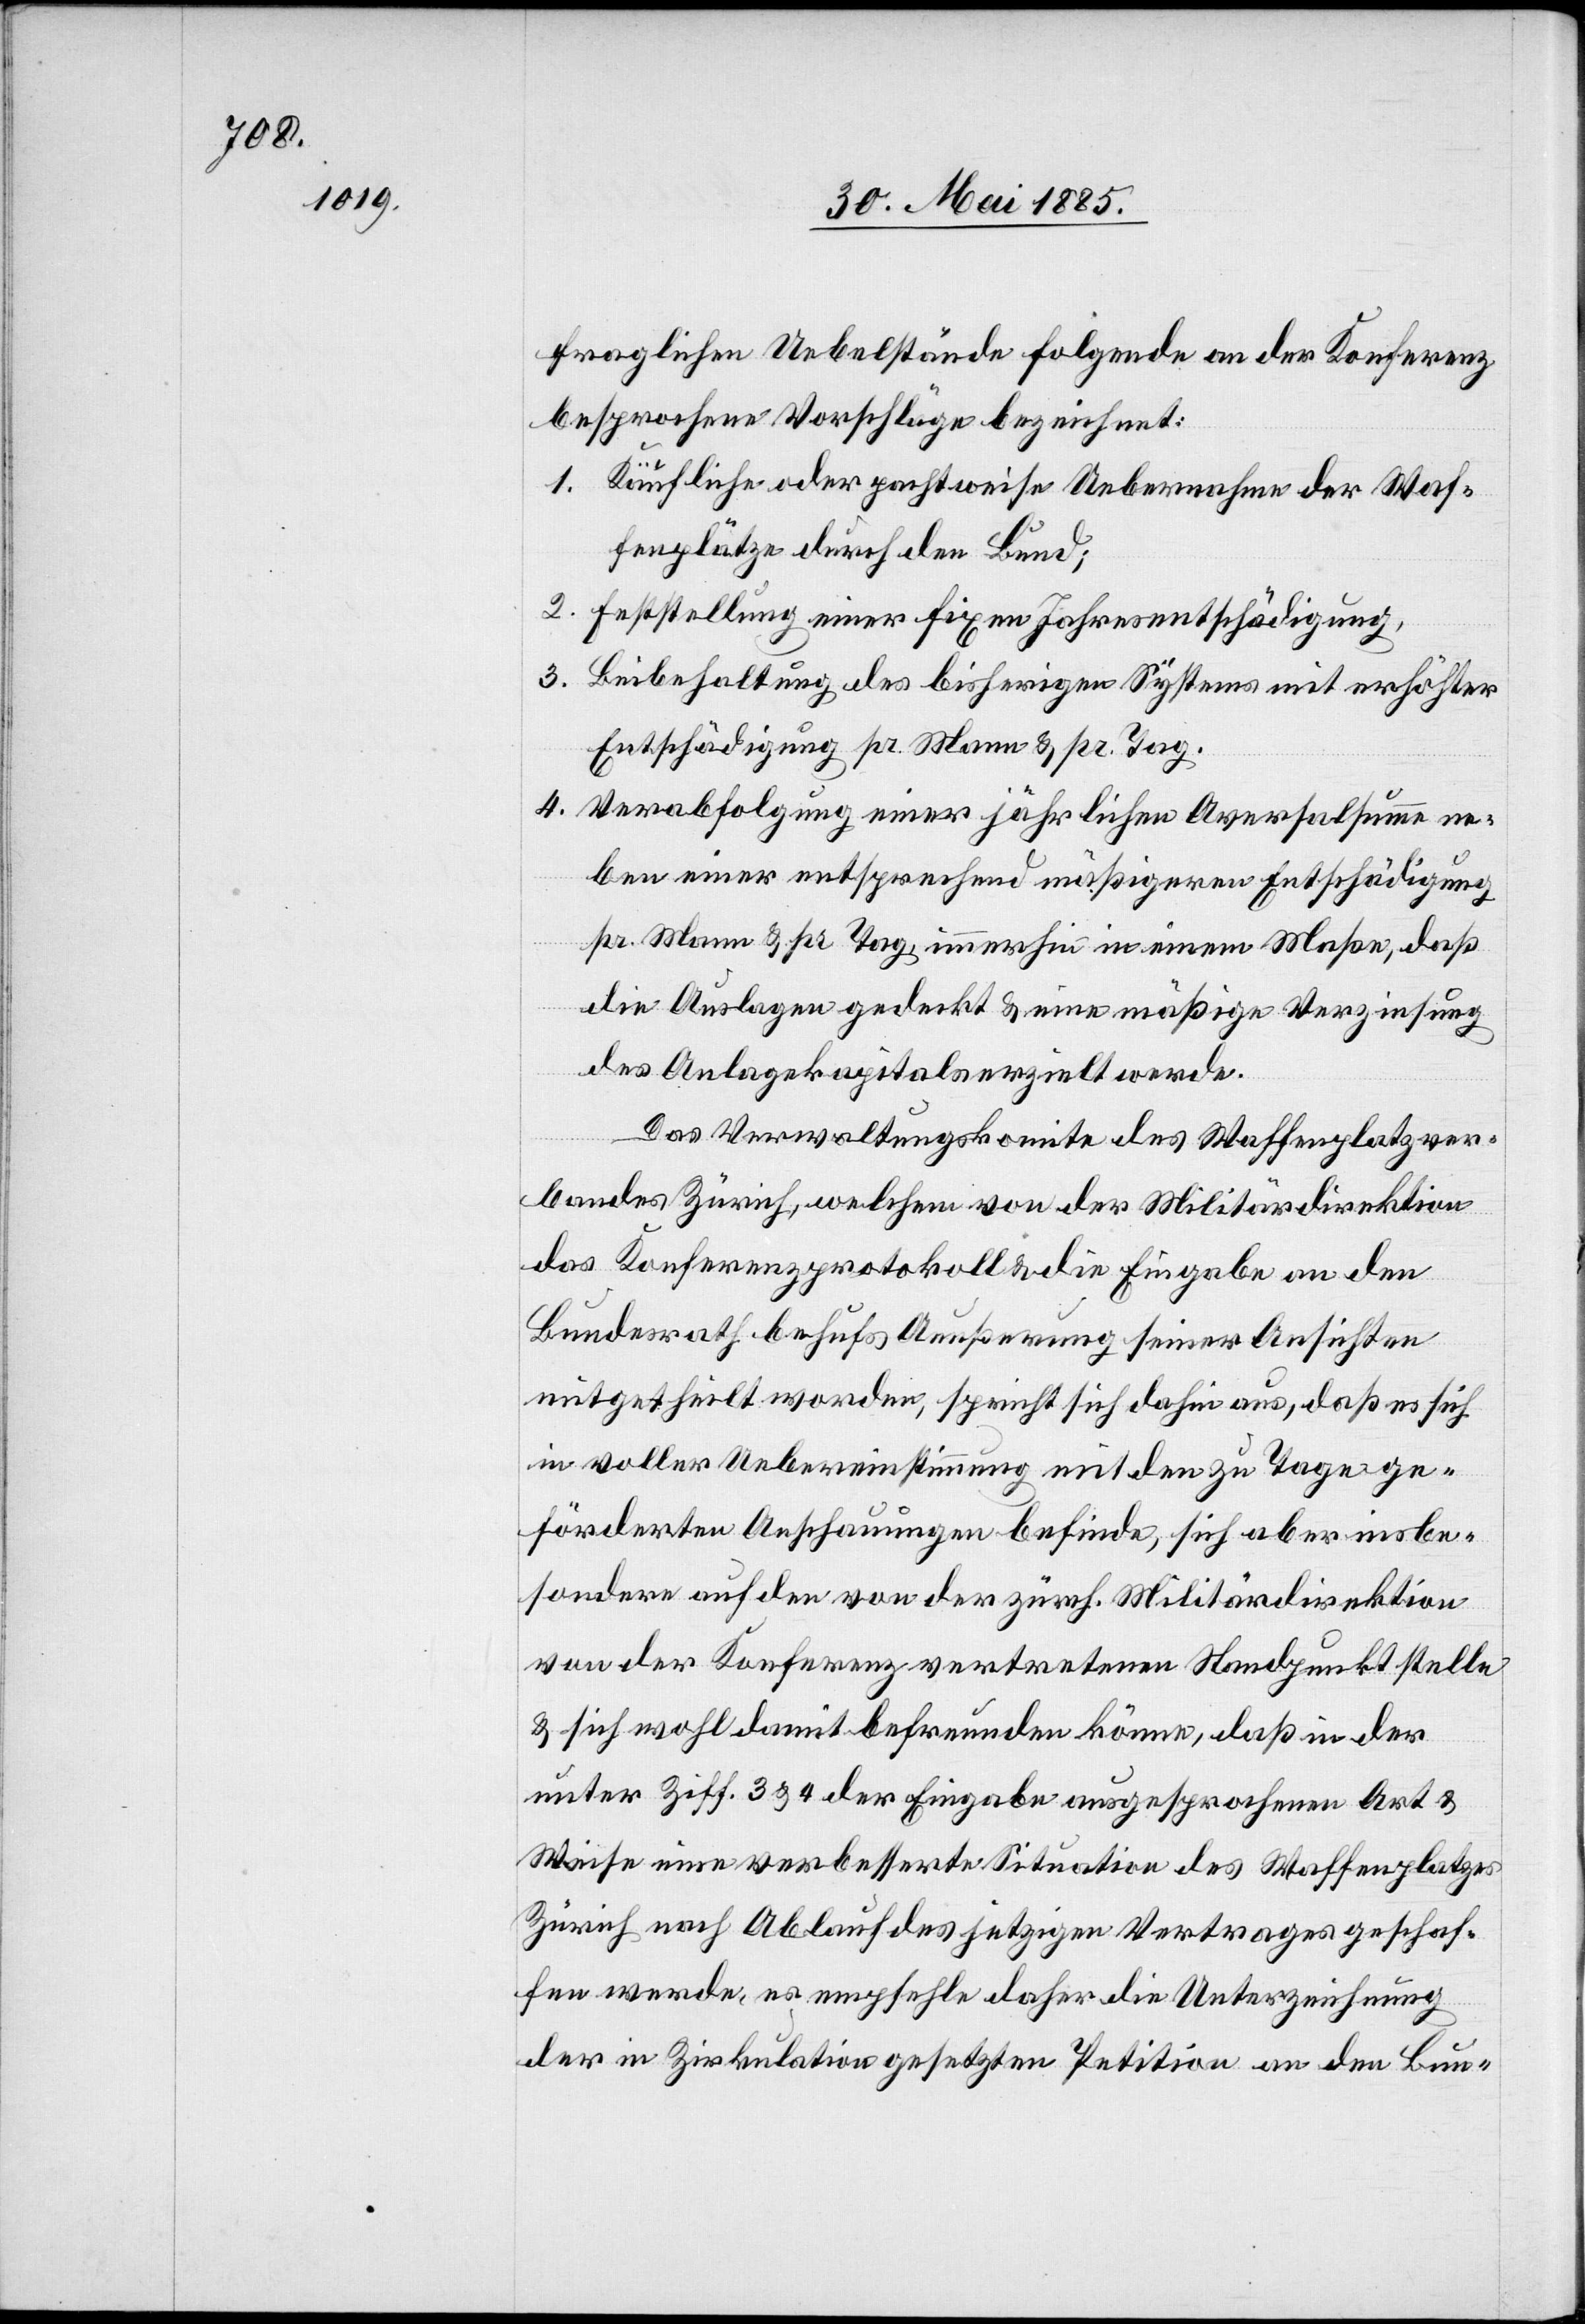
fraglichen Uebelstände folgende an der Konferenz
besprochene Vorschläge bezeichnet:
1. Käufliche oder pachtweise Uebernahme der Waf¬
fenplätze durch den Bund;
2. Feststellung einer fixen Jahresentschädigung.
3.
Beibehaltung des bisherigen Systems mit erhöhter
Entschädigung pr. Mann & pr. Tag.
4. Verabfolgung einer jährlichen Aversalsumme ne¬
ben einer entsprechend mäßigeren Entschädigung
pr. Mann & pr. Tag, immerhin in einem Maße, daß
die Auslagen gedeckt & eine mäßige Verzinsung
des Anlagekapitals erzielt werde.
Das Verwaltungskomite des Waffenplatzver¬
bandes Zürich, welchem von der Militärdirektion
das Konferenzprotokoll & die Eingabe an den
Bundesrath behufs Aeußerung seiner Ansichten
mitgetheilt worden, spricht sich dahin aus, daß es sich
in voller Uebereinstimmung mit den zu Tage ge¬
förderten Anschauungen befinde, sich aber insbe¬
sondere auf den von der zürch. Militärdirektion
von der Konferenz vertretenen Standpunkt stelle
& sich wohl damit befreunden könne, daß in der
unter Ziff. 3 & 4 der Eingabe ausgesprochenen Art &
Weise eine verbesserte Situation des Waffenplatzes
Zürich nach Ablauf des jetzigen Vertrages geschaf¬
fen werde, es empfehle daher die Unterzeichnung
der in Zirkulation gesetzten Petition an den Bun-